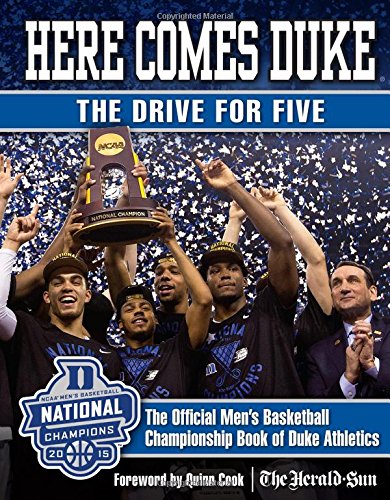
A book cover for Here Comes Duke: The Drive for Five: The Official MenEEs Basketball Championship Book of Duke Athletics; Duke Athletics; Sports & Outdoors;